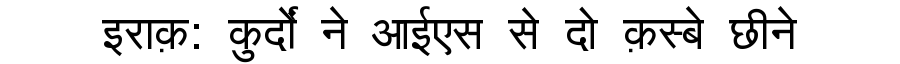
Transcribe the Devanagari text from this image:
इराक़: कुर्दों ने आईएस से दो क़स्बे छीने